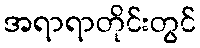
အရာရာတိုင်းတွင်